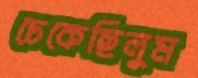
ঢেকেছিলুম